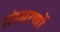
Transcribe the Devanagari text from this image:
संस्म्ररणों